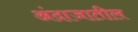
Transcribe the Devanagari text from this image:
अंदाजातील